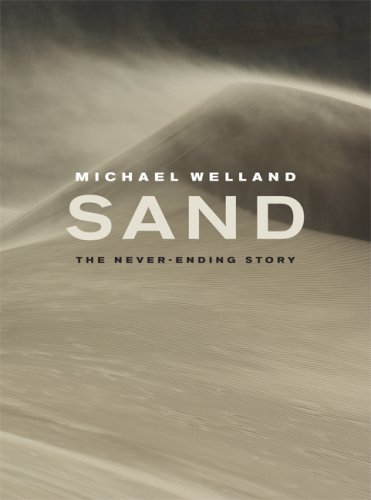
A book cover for Sand: The Never-Ending Story; MichÃ¦l Welland; Sports & Outdoors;